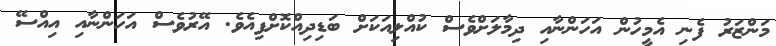
މަންޒަރު ފެނި އެމީހުން އަހަންނާއި ދިމާލަށްވެސް ކުއްލިއަކަށް ބަޑިދިއްކޮށްފިއެވެ. އޭރުވެސް އަހަންނާއި އިއްސޭ